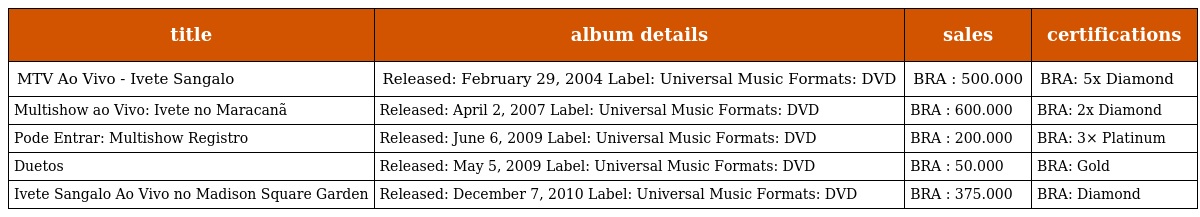
| title | album details | sales | certifications |
 | --- | --- | --- | --- |
 | MTV Ao Vivo - Ivete Sangalo | Released: February 29, 2004 Label: Universal Music Formats: DVD | BRA : 500.000 | BRA: 5x Diamond |
 | Multishow ao Vivo: Ivete no Maracanã | Released: April 2, 2007 Label: Universal Music Formats: DVD | BRA : 600.000 | BRA: 2x Diamond |
 | Pode Entrar: Multishow Registro | Released: June 6, 2009 Label: Universal Music Formats: DVD | BRA : 200.000 | BRA: 3× Platinum |
 | Duetos | Released: May 5, 2009 Label: Universal Music Formats: DVD | BRA : 50.000 | BRA: Gold |
 | Ivete Sangalo Ao Vivo no Madison Square Garden | Released: December 7, 2010 Label: Universal Music Formats: DVD | BRA : 375.000 | BRA: Diamond |